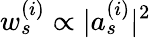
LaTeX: w_{s}^{(i)}\propto|a_{s}^{(i)}|^{2}